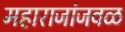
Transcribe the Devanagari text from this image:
महाराजांजवळ